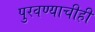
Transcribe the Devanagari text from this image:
पुरवण्याचीही